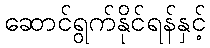
ဆောင်ရွက်နိုင်ရန်နှင့်